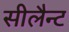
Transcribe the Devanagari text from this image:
सीलैन्ट